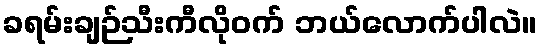
ခရမ်းချဉ်သီးကီလိုဝက် ဘယ်လောက်ပါလဲ။